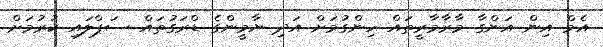
އެމް އިން އަންގާ މާރާމާރީތައް ހިންގުމަށް އަދި ޔާމީންގެ ޑްރަގުތައް ސަޕްލައި ކުރުމަށް